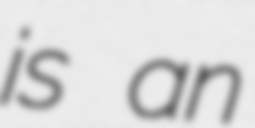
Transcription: is an